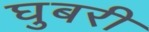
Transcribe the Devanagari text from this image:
घुबरी